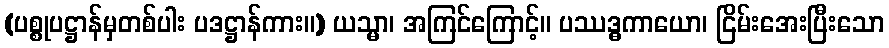
(ပစ္စုပဋ္ဌာန်မှတစ်ပါး ပဒဋ္ဌာန်ကား။) ယသ္မာ၊ အကြင်ကြောင့်။ ပဿဒ္ဓကာယော၊ ငြိမ်းအေးပြီးသော